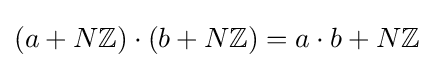
(a+N\mathbb {Z} )\cdot (b+N\mathbb {Z} )=a\cdot b+N\mathbb {Z}